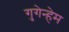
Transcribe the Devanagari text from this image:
गुगेन्हेम